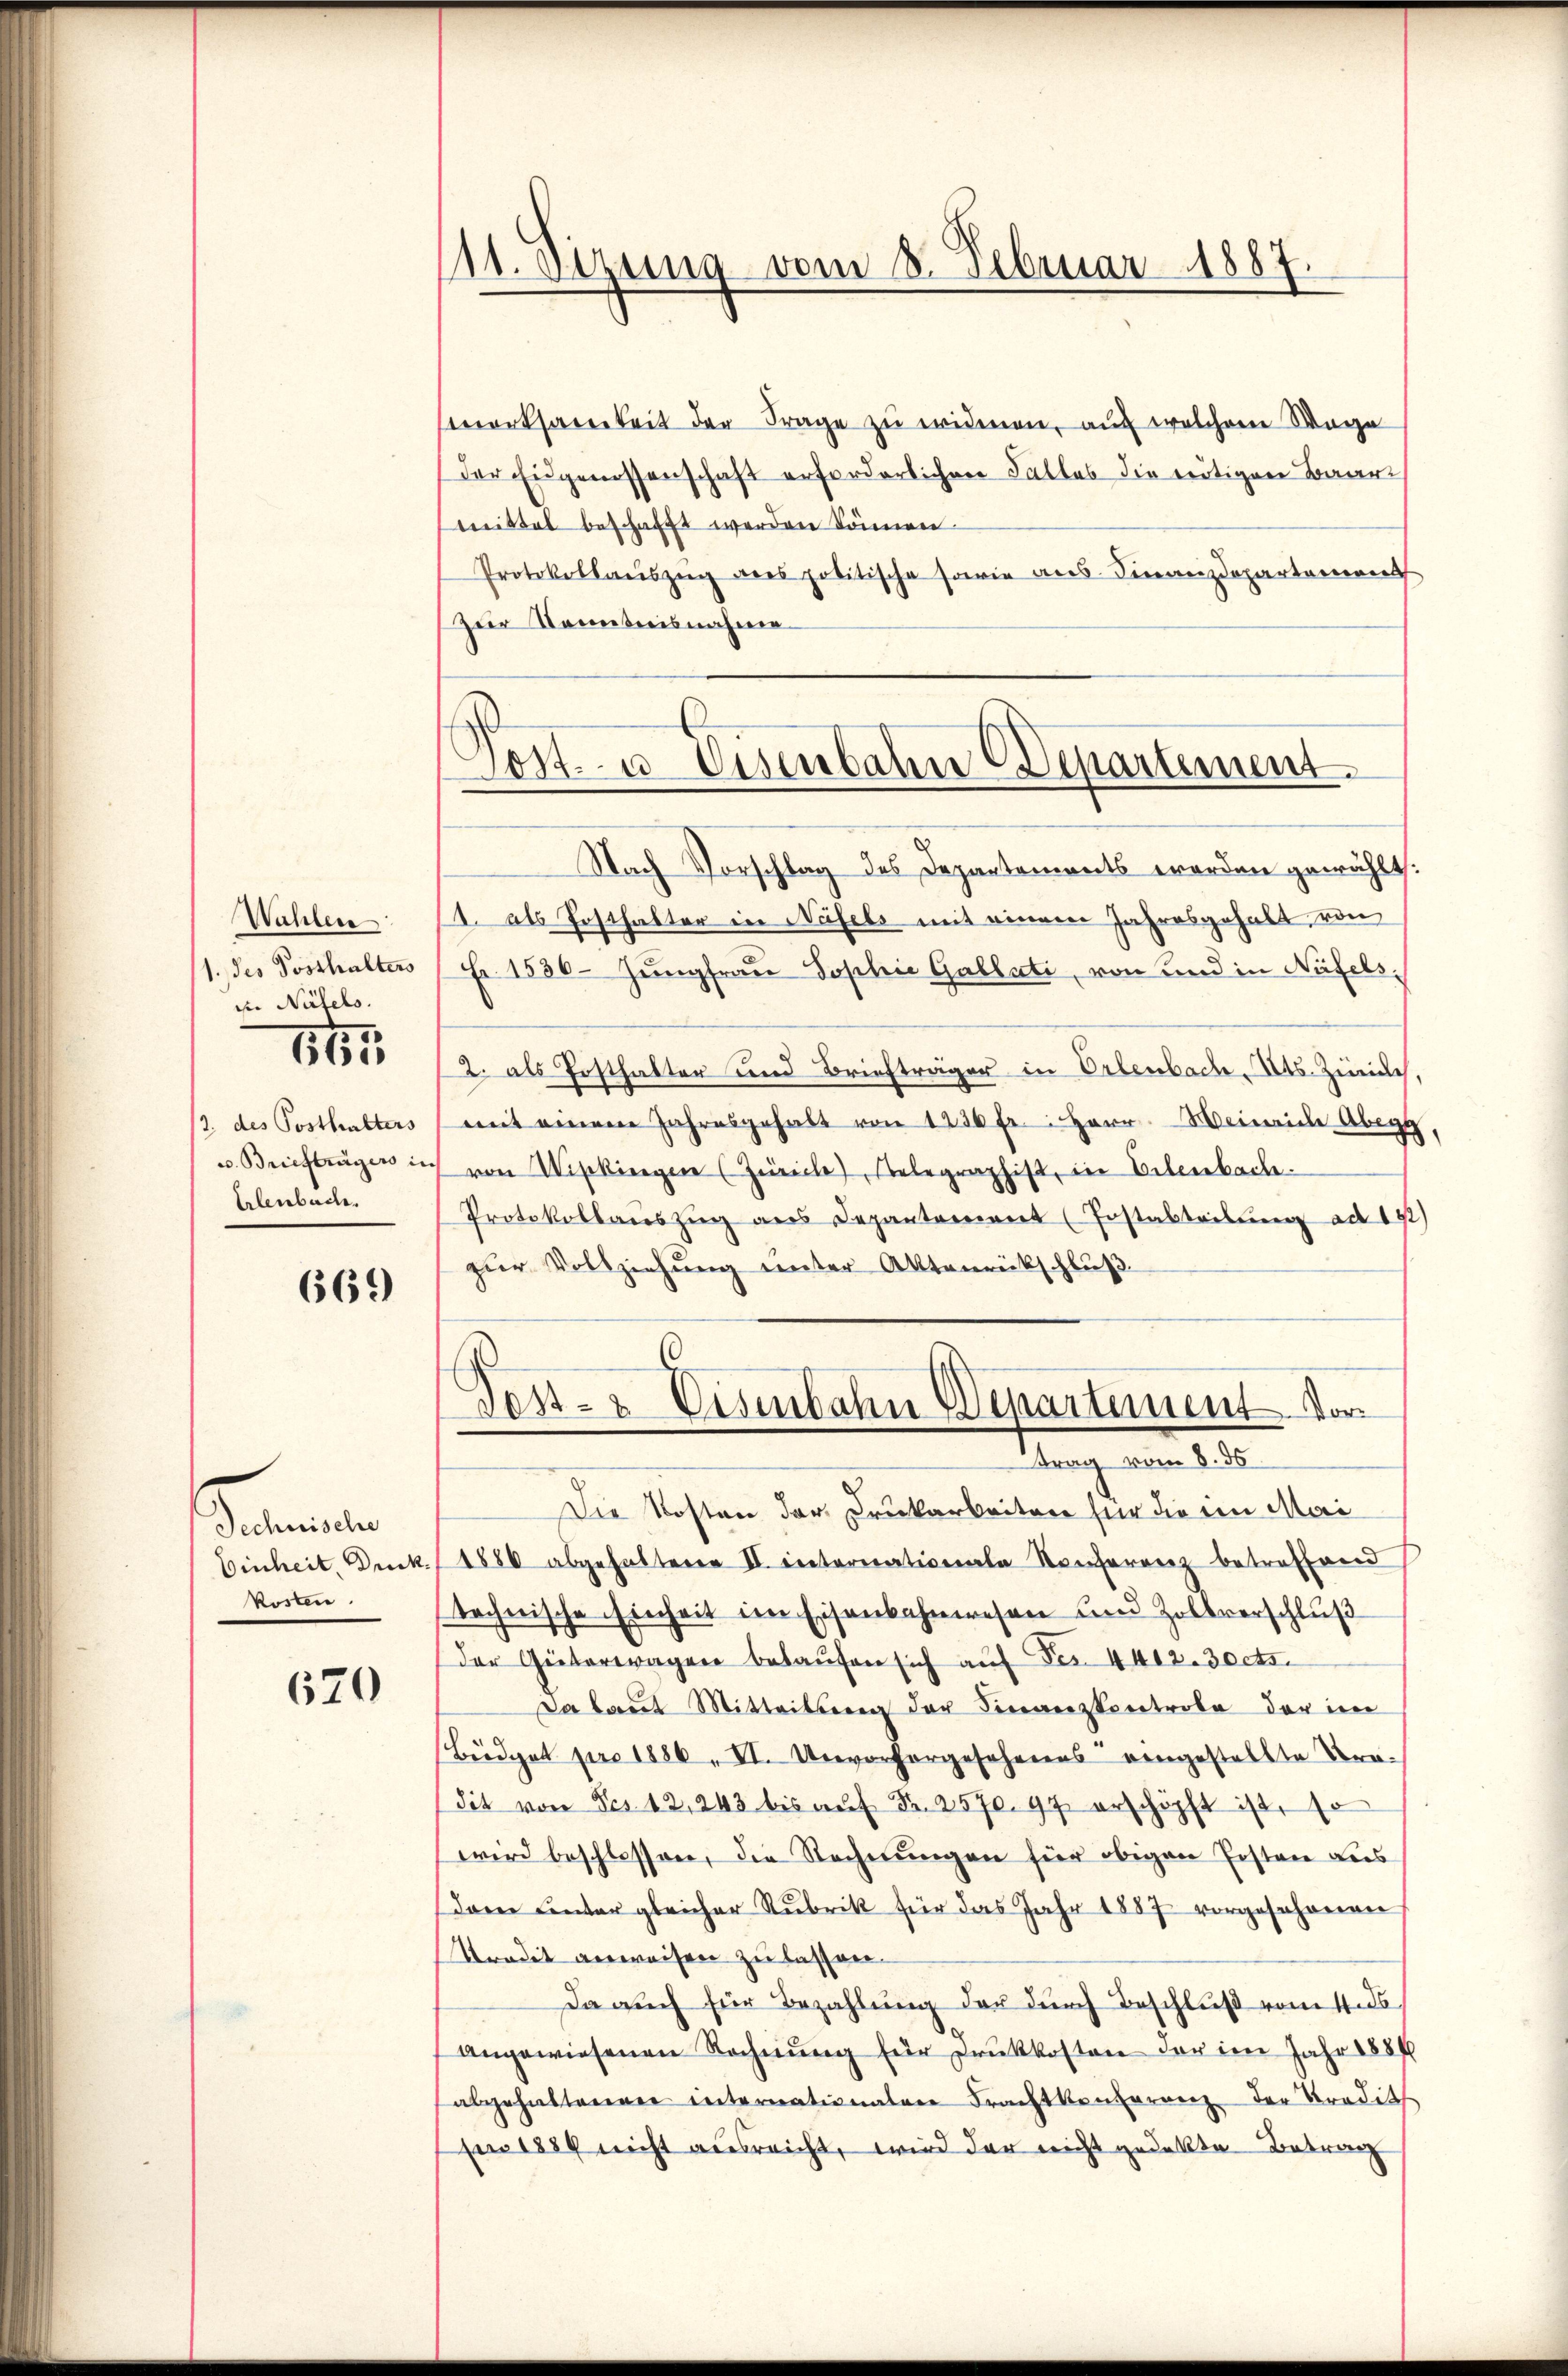
Wahlen
1. des Posthalters
d. Näfels.

1

12. des Posthalters
v. Briefträgers in
Erlenbache.

669

Technische
Einheit, Druck
kosten

620

111. Sezung vom 8. Februar 1887.

orthanerkeit der Frage zŭ wideren, auf welchem Wage
Der Eigenessenschaft erforderlichen Falles die nötigen Baar
mittel beschafft werden können.
Protokollauszug aus politische sowie aus. Finanzdepartemen
Zur Kenntnisnahme

Post- u. Eisenbahn Departement.

Nach Vorschlag des Departements werden gewählt.
1. als Posthalter in Näfels mit einem Jahresgehalt, von
Fr. 1536. Jungfrau Sophie Gablati, von und in Näfels¬
2. als Posthalter und Briefträger in Ortenbach, Kts. Zürich,
mit einem Jahresgehalt von 1236 fr.: Herr Weinriche Abegg,
c von Wipkingen (Zürich) Relegraphist, in Erlenbache.
Protokollarszŭg ans Depantariant (Postabteilŭng ad 192)
zur Vollziehung unter Aktenrückschluß
Die Kosten der Druckarbeiten für die ein Mai
1886 abgehaltene II internationale Konferenz betreffend
technische Einheit im Eisenbahnwesen und Zollverschluß
der Güterwagen belaŭfen sich auf Fr. 4412. 3octs.
Da laut Mitteilberg der Finanzkontrole der in
Brödel pro 1886, II. Unvorhergesehenens eingestellte Tra-
dit von Frs. 12, 243 bis aŭf Fr. 2570. 97. erschöpft ist, so
wird beschlossen, die Rechnungen für obigen Posten aus
dann unter gleicher Rubrik für das Jahr 1887 vorgeschonen
Tradit anweisen zu lassen.
Da auch für Bezahlung der durch Beschluß vom 4. ds.
angewiesenen Rechnŭng für Druckkosten der im Jahr 1884
abgehalteneren internationalen Frachtkonferenz der Tradith
für 1884 nicht ausreicht, wird der nicht gedekte Betrag

Dest- & Eisenbahn Departement. Vor
ttrag vom 8. ds